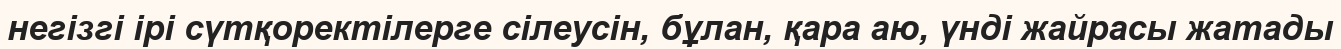
негізгі ірі сүтқоректілерге сілеусін, бұлан, қара аю, үнді жайрасы жатады